Vabadussoja_Ajaloo_Komitee, lk 19
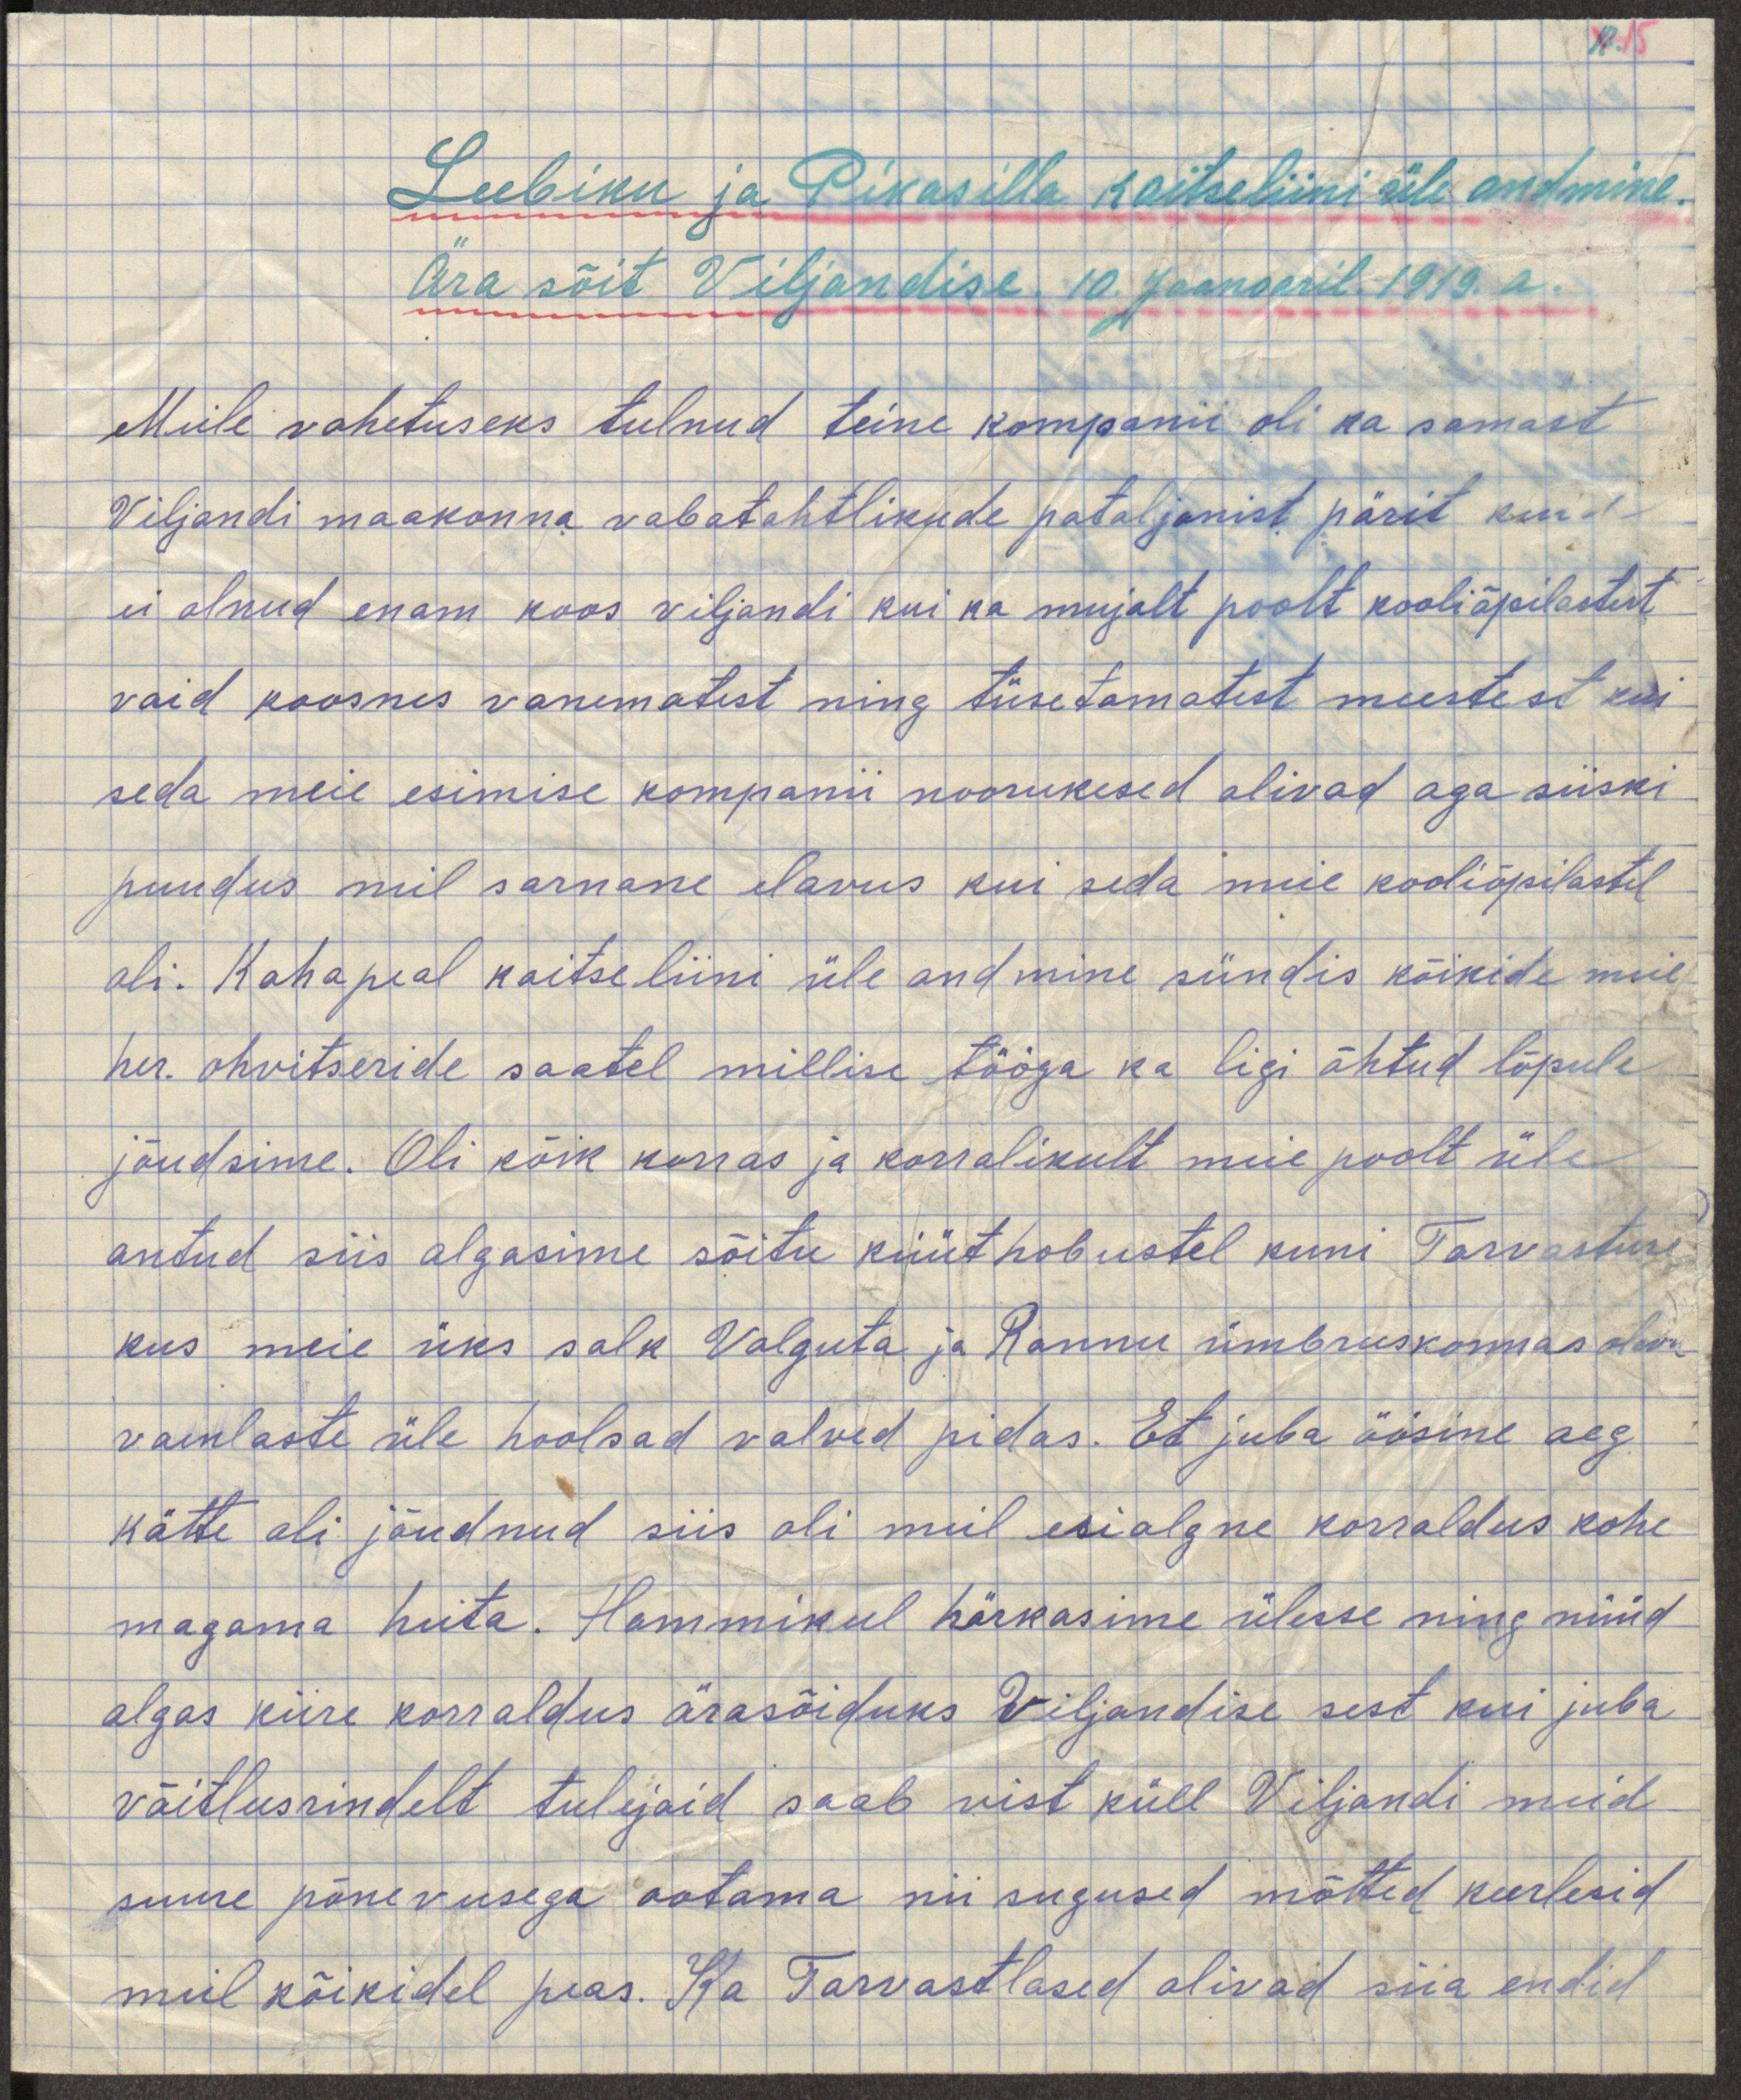
Leebiku ja Pikasilla kaitseliini üle andmine.
Ära sõit Viljandusse. 10. Jaanuaril 1919.a.
Meile vahetuseks tulnud teine kompanii oli ka samast
Viljandi maakonna vabatahtlikude pataljonist pärit kuid
ei olnud enam koos Viljandi kui ka mujalt poolt kooliõpilastest
vaid koosnes vanematest ning tüsetamatest meestest kui
seda meie esimese kompanii noorukesed olivad aga siiski
puudus meil sarnane elavus kui seda meie kooliõpilastel
oli. Kohapeal kaitseliini üle andmine sündis kõikide meie
her. ohvitseride saatel millise tööga ka ligi õhtud lõpule
jõudsime. Oli kõik korras ja korralikult meie poolt üle
antud siis algasime sõitu küüthobustel kuni Tarvastuse
kus meie üks salk Valguta ja Rannu ümbruskonnas oleva
vaenlaste üle hoolsad valved pidas. Et juba öösine aeg
kätte oli jõudnud siis oli meil esialgne korraldus kohe 
magama heita. Hommikul härkasime ülesse ning nüüd
algas kirre korraldus ärasõiduks Viljandise sest kui juba
võitlusrindelt tulijaid saab vist küll Viljandi meid
suure põnevusega ootama niisugused mõtted keerlesid
meil kõikidel peas. Ka Tarvastlased olivad siia endid